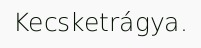
Kecsketrágya.